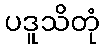
ပဒူသိတုံ